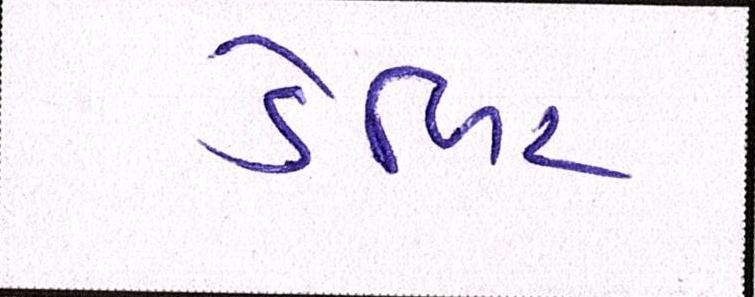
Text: ડેબિટ